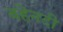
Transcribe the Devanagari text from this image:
बहेनदी